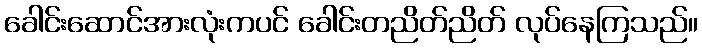
ခေါင်းဆောင်အားလုံးကပင် ခေါင်းတညိတ်ညိတ် လုပ်နေကြသည်။